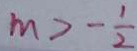
m > - \frac { 1 } { 2 }